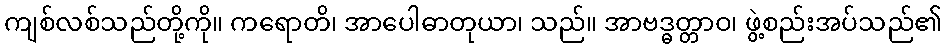
ကျစ်လစ်သည်တို့ကို။ ကရောတိ၊ အာပေါဓာတုယာ၊ သည်။ အာဗဒ္ဓတ္တာဝ၊ ဖွဲ့စည်းအပ်သည်၏